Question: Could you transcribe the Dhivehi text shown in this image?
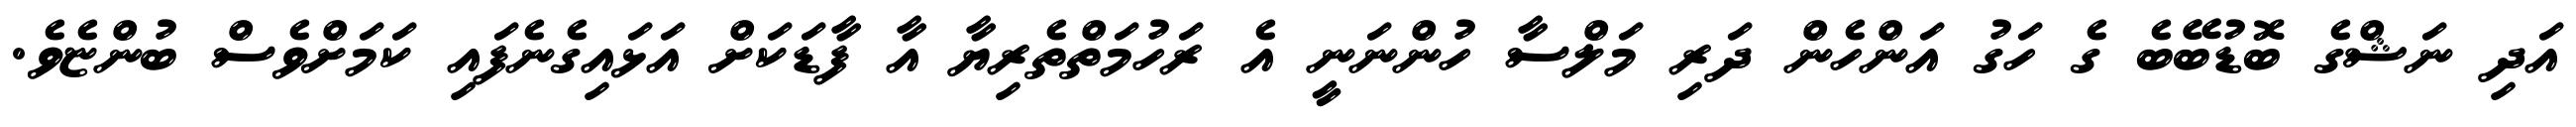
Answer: އަދި ނަޝްގެ ބޮޑުބޭބެ ގެ ހަގު އަންހެން ދަރި މަލްސާ ހުންނަނީ އެ ރަހުމަތްތެރިޔާ އާ ފާޑަކަށް އަޅައިގެނެފައި ކަމަށްވެސް ބުންޏެވެ.